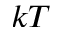
k T